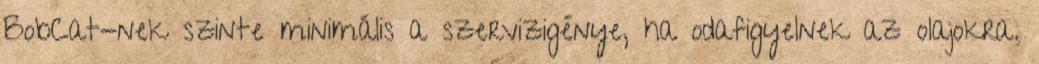
BobCat-nek szinte minimális a szervizigénye, ha odafigyelnek az olajokra.